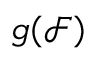
g ( \mathcal { F } )